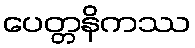
ပေတ္တနိကဿ